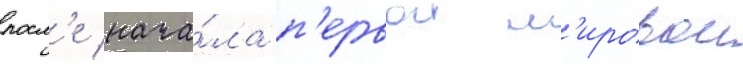
посл'е нача́ла п'ервои м'ировои